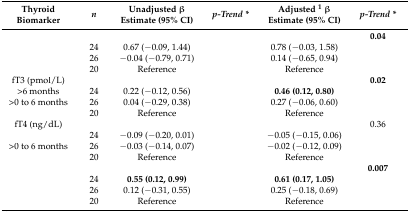
<table><thead><tr><td><b>Thyroid Biomarker</b></td><td><b><i>n</i></b></td><td><b>Unadjusted β Estimate (95% CI)</b></td><td><b><i>p-Trend *</i></b></td><td><b>Adjusted <sup>1</sup> β Estimate (95% CI)</b></td><td><b><i>p-Trend *</i></b></td></tr></thead><tbody><tr><td>[EMPTY_CELL]</td><td>[EMPTY_CELL]</td><td>[EMPTY_CELL]</td><td>[EMPTY_CELL]</td><td>[EMPTY_CELL]</td><td><b>0.04</b></td></tr><tr><td>[EMPTY_CELL]</td><td>24</td><td>0.67 (−0.09, 1.44)</td><td>[EMPTY_CELL]</td><td>0.78 (−0.03, 1.58)</td><td>[EMPTY_CELL]</td></tr><tr><td>[EMPTY_CELL]</td><td>26</td><td>−0.04 (−0.79, 0.71)</td><td>[EMPTY_CELL]</td><td>0.14 (−0.65, 0.94)</td><td>[EMPTY_CELL]</td></tr><tr><td>[EMPTY_CELL]</td><td>20</td><td>Reference</td><td>[EMPTY_CELL]</td><td>Reference</td><td>[EMPTY_CELL]</td></tr><tr><td>fT3 (pmol/L)</td><td>[EMPTY_CELL]</td><td>[EMPTY_CELL]</td><td>[EMPTY_CELL]</td><td>[EMPTY_CELL]</td><td><b>0.02</b></td></tr><tr><td>&gt;6 months</td><td>24</td><td>0.22 (−0.12, 0.56)</td><td>[EMPTY_CELL]</td><td><b>0.46 (0.12, 0.80)</b></td><td>[EMPTY_CELL]</td></tr><tr><td>&gt;0 to 6 months</td><td>26</td><td>0.04 (−0.29, 0.38)</td><td>[EMPTY_CELL]</td><td>0.27 (−0.06, 0.60)</td><td>[EMPTY_CELL]</td></tr><tr><td>[EMPTY_CELL]</td><td>20</td><td>Reference</td><td>[EMPTY_CELL]</td><td>Reference</td><td>[EMPTY_CELL]</td></tr><tr><td>fT4 (ng/dL)</td><td>[EMPTY_CELL]</td><td>[EMPTY_CELL]</td><td>[EMPTY_CELL]</td><td>[EMPTY_CELL]</td><td>0.36</td></tr><tr><td>[EMPTY_CELL]</td><td>24</td><td>−0.09 (−0.20, 0.01)</td><td>[EMPTY_CELL]</td><td>−0.05 (−0.15, 0.06)</td><td>[EMPTY_CELL]</td></tr><tr><td>&gt;0 to 6 months</td><td>26</td><td>−0.03 (−0.14, 0.07)</td><td>[EMPTY_CELL]</td><td>−0.02 (−0.12, 0.09)</td><td>[EMPTY_CELL]</td></tr><tr><td>[EMPTY_CELL]</td><td>20</td><td>Reference</td><td>[EMPTY_CELL]</td><td>Reference</td><td>[EMPTY_CELL]</td></tr><tr><td>[EMPTY_CELL]</td><td>[EMPTY_CELL]</td><td>[EMPTY_CELL]</td><td>[EMPTY_CELL]</td><td>[EMPTY_CELL]</td><td><b>0.007</b></td></tr><tr><td>[EMPTY_CELL]</td><td>24</td><td><b>0.55 (0.12, 0.99)</b></td><td>[EMPTY_CELL]</td><td><b>0.61 (0.17, 1.05)</b></td><td>[EMPTY_CELL]</td></tr><tr><td>[EMPTY_CELL]</td><td>26</td><td>0.12 (−0.31, 0.55)</td><td>[EMPTY_CELL]</td><td>0.25 (−0.18, 0.69)</td><td>[EMPTY_CELL]</td></tr><tr><td>[EMPTY_CELL]</td><td>20</td><td>Reference</td><td>[EMPTY_CELL]</td><td>Reference</td><td>[EMPTY_CELL]</td></tr></tbody></table>